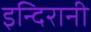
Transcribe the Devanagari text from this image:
इन्दिरानी